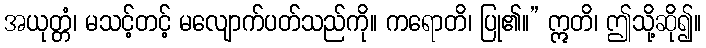
အယုတ္တံ၊ မသင့်တင့် မလျောက်ပတ်သည်ကို။ ကရောတိ၊ ပြု၏။” ဣတိ၊ ဤသို့ဆို၍။